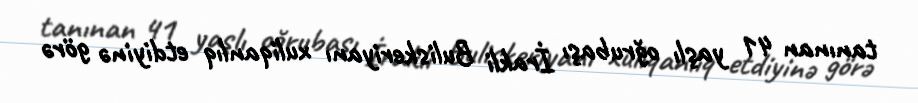
tanınan 41 yaşlı oğrubaşı İrakli Buliskeriyanı xuliqanlıq etdiyinə görə